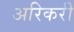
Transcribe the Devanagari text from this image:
अरिकरी